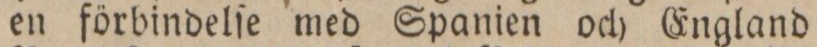
en förbindelſe med Spanien och England